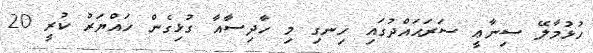
ހުޅުމާލޭ ސިނާޢީ ސަރަޙައްދުގައި ހިނގި މި ހާދިސާއާ ގުޅިގެން ހައްޔަރު ކުރީ 20